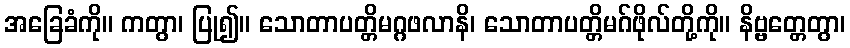
အခြေခံကို။ ကတွာ၊ ပြု၍။ သောတာပတ္တိမဂ္ဂဖလာနိ၊ သောတာပတ္တိမဂ်ဖိုလ်တို့ကို။ နိဗ္ဗတ္တေတွာ၊